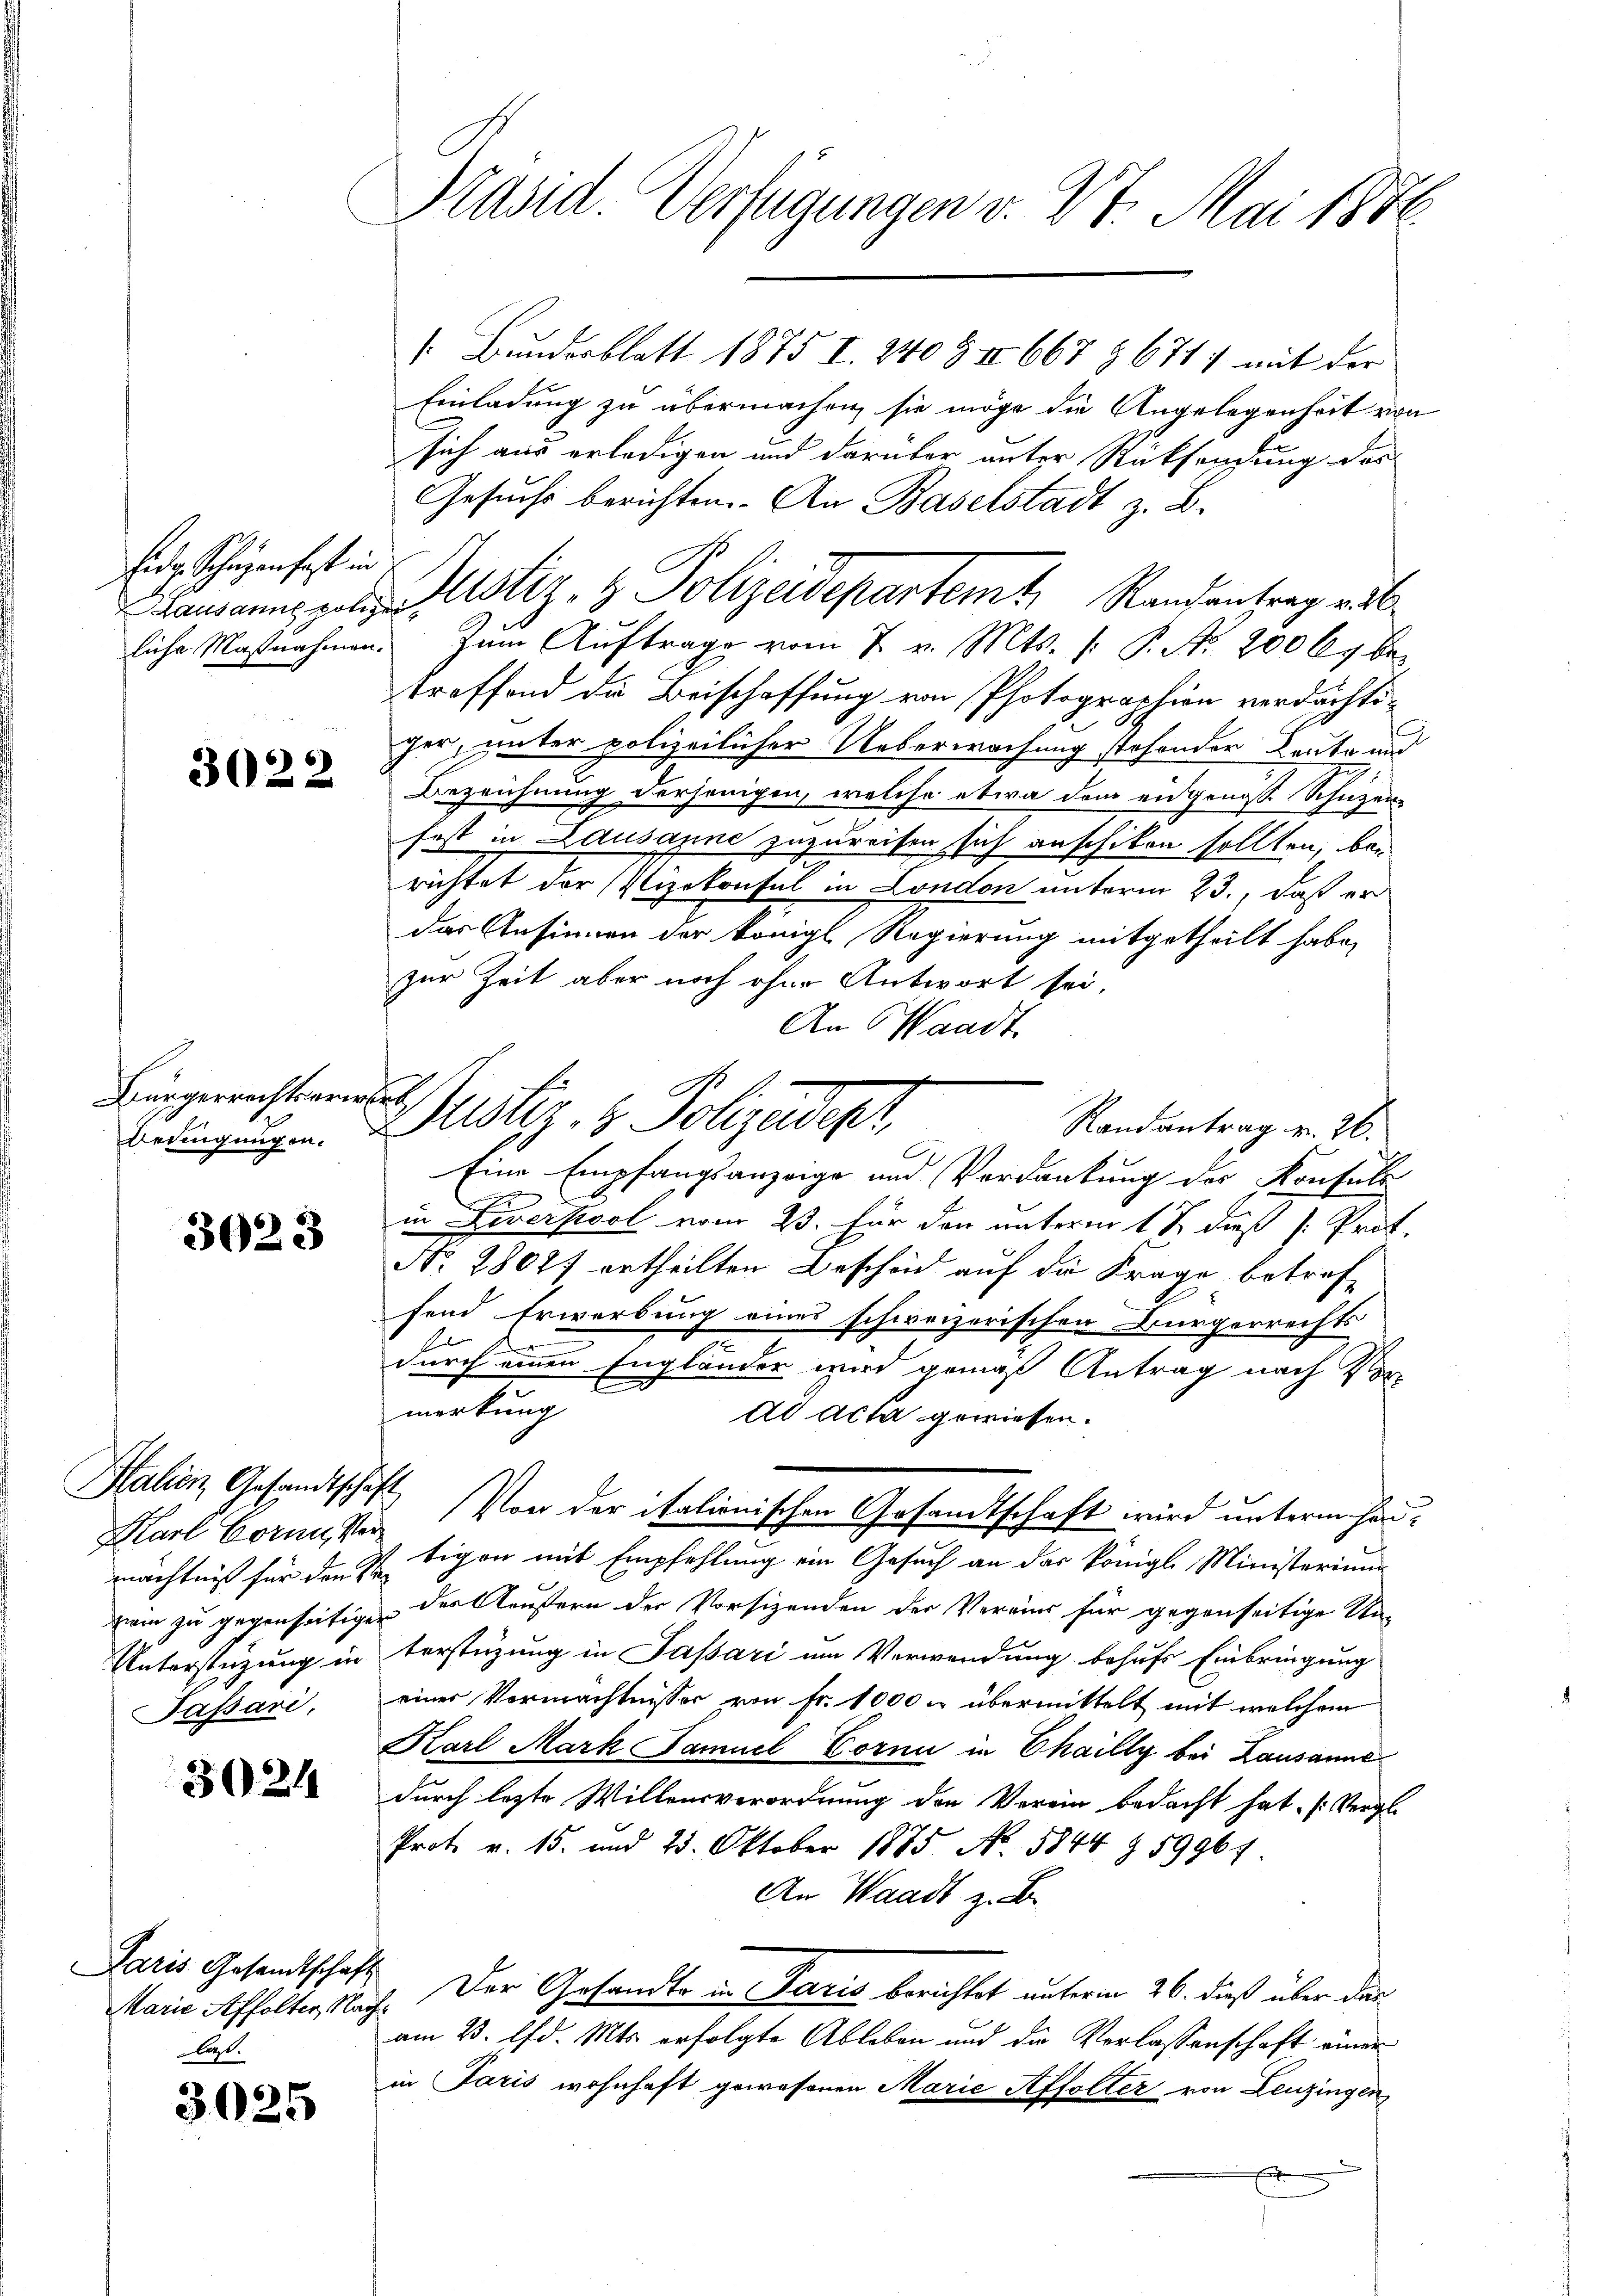
fede, Schlägen fast in

3022

Bürgerrechtserwert
Bedingungen.

3023

alien, Gesandtschaft
mächtniß für den Se
Unterstützung in
Passari,

3024

Paris Gesandtschaft
laß.

3025

Pand. Verfügungen v. 27. Mai 1886.

/. Bunderblatt 1875 I. 240 Z II 667 § 671 mit der
Einladung zu übermachen, sie möge die Angelegenheit von
sich aus erledigen und darüber unter Rücksendung des
Gesuchs berichten. An Baselstadt z. B.
Lausannes ganz stiz- & Polizeidepartem Raufentrag vo
liche Maßnahmen. Zŭm Aŭftrage vom 7. v. Mts. /: P. Nr. 200 kg be
treffend die Beischaffung von Photographien verdächtiger, unter polizeilicher Ueberwachung stehender Leute und
Bezeichnung derjenigen, welche etwa dem engenosse Schügen
fast in Lausanne zuzureisen sich anschiken sollten, berichtet der Vizekonsul in London unterm 23., daß er
das Ansinnen der königl Regierung mitgetheilt habe,
zur Zeit aber noch ohne Antwort sei,
An Waadt
Randantrag v. 26.
Eine Empfangsanzeige und Verdankung der Konsuls
in Liverpool vom 23. Für den unterm 1 S. dieß [Prot.
Nro 28077 ertheilten Bescheid auf die Frage betreffend Erwerbung eines schweizerischen Bürgerrechts
r
durch einen Engländer wird gemäß Antrag nach Ver
merkung
dd acta gewiesen.
Karl Cornister. Von der italionischen Gesandtschaft wird unterm hantigen mit Empfehlung ein Gesuch an das königl. Ministerium
vem zu gegenseitigen des Aeustern der Vorsizenden der Vereins für gegenseitige Un-
terstüzung in Passari um Verwendung behufs Einbringung
einer Vermächtnisser von Fr. 1000. übermittelt mit welchem
Karl Mark Samuel Corni in Chailly bei Lausanne
durch lezte Willensverordnung den Verein bedacht hat. (Vergle
Prot. v. 15. und 25. Oktober 1875 No. 5844 § 59964
An Waadt z. B.
Marie Affolter Nach. Der Gesandts in Paris berichtet unterm 26. dieß über das
am 23. d. Mts. erfolgte Ableben und die Verlassenschaft einer
in Paris wohnhaft gewesenen Marie Affolter von Leuzingen,
x

Duster. z. Polizeidiger

C